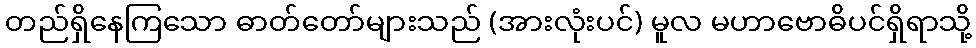
တည်ရှိနေကြသော ဓာတ်တော်များသည် (အားလုံးပင်) မူလ မဟာဗောဓိပင်ရှိရာသို့